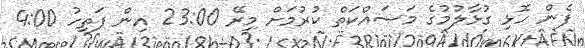
ފެން ހޮޅި ގުޅާލުމުގެ މަސައްކަތް ކުރުމަށް މިރޭ 23:00 އިން ފަތިހު 4:00